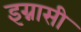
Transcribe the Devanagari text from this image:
इग्नासी